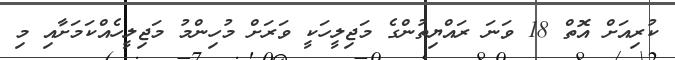
ކުރިއަށް އޮތް 18 ވަނަ ރައްޔިތުންގެ މަޖިލީހަކީ ވަރަށް މުހިންމު މަޖިލީހެއްކަމަށާއި މި